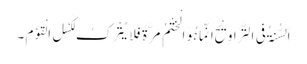
اَلسُّنَۃُ فِی التَّرَاوِیْحِ اِنَّمَا ہُوَالْخَتْمُ مَرَّۃً فَلَایُتْرَکُ لِکَسْلِ الْقَوْمِ ۔